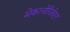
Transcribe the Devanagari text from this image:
मेकानोरिसेप्टर